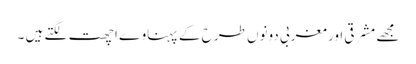
مجھے مشرقی اور مغربی دونوں طرح کے پہناوے اچھت لگتے ہیں ۔